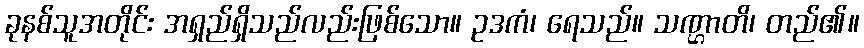
ခုနစ်သူအတိုင်း အရှည်ရှိသည်လည်းဖြစ်သော။ ဥဒကံ၊ ရေသည်။ သဏ္ဌာတိ၊ တည်၏။